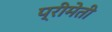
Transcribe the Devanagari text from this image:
प्रीमेती